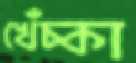
খেঁচ্‌কা